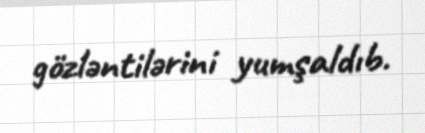
gözləntilərini yumşaldıb.